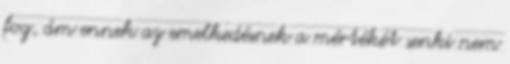
fog, ám ennek az emelkedésnek a mértékét senki nem